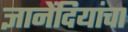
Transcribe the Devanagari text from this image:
ज्ञानेंदियांचा